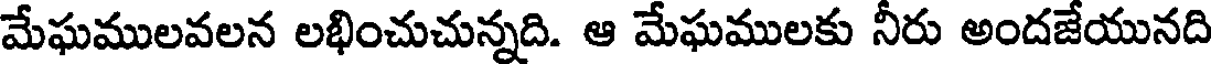
మేఘములవలన లభించుచున్నది. ఆ మేఘములకు నీరు అందజేయునది